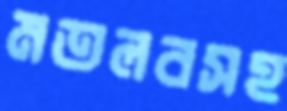
মতলবসহ